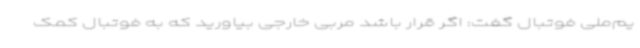
یم‌ملی فوتبال گفت: اگر قرار باشد مربی خارجی بیاورید که به فوتبال کمک